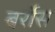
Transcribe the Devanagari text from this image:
बर्रोस